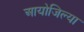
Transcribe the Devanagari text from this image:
आयोजिल्या